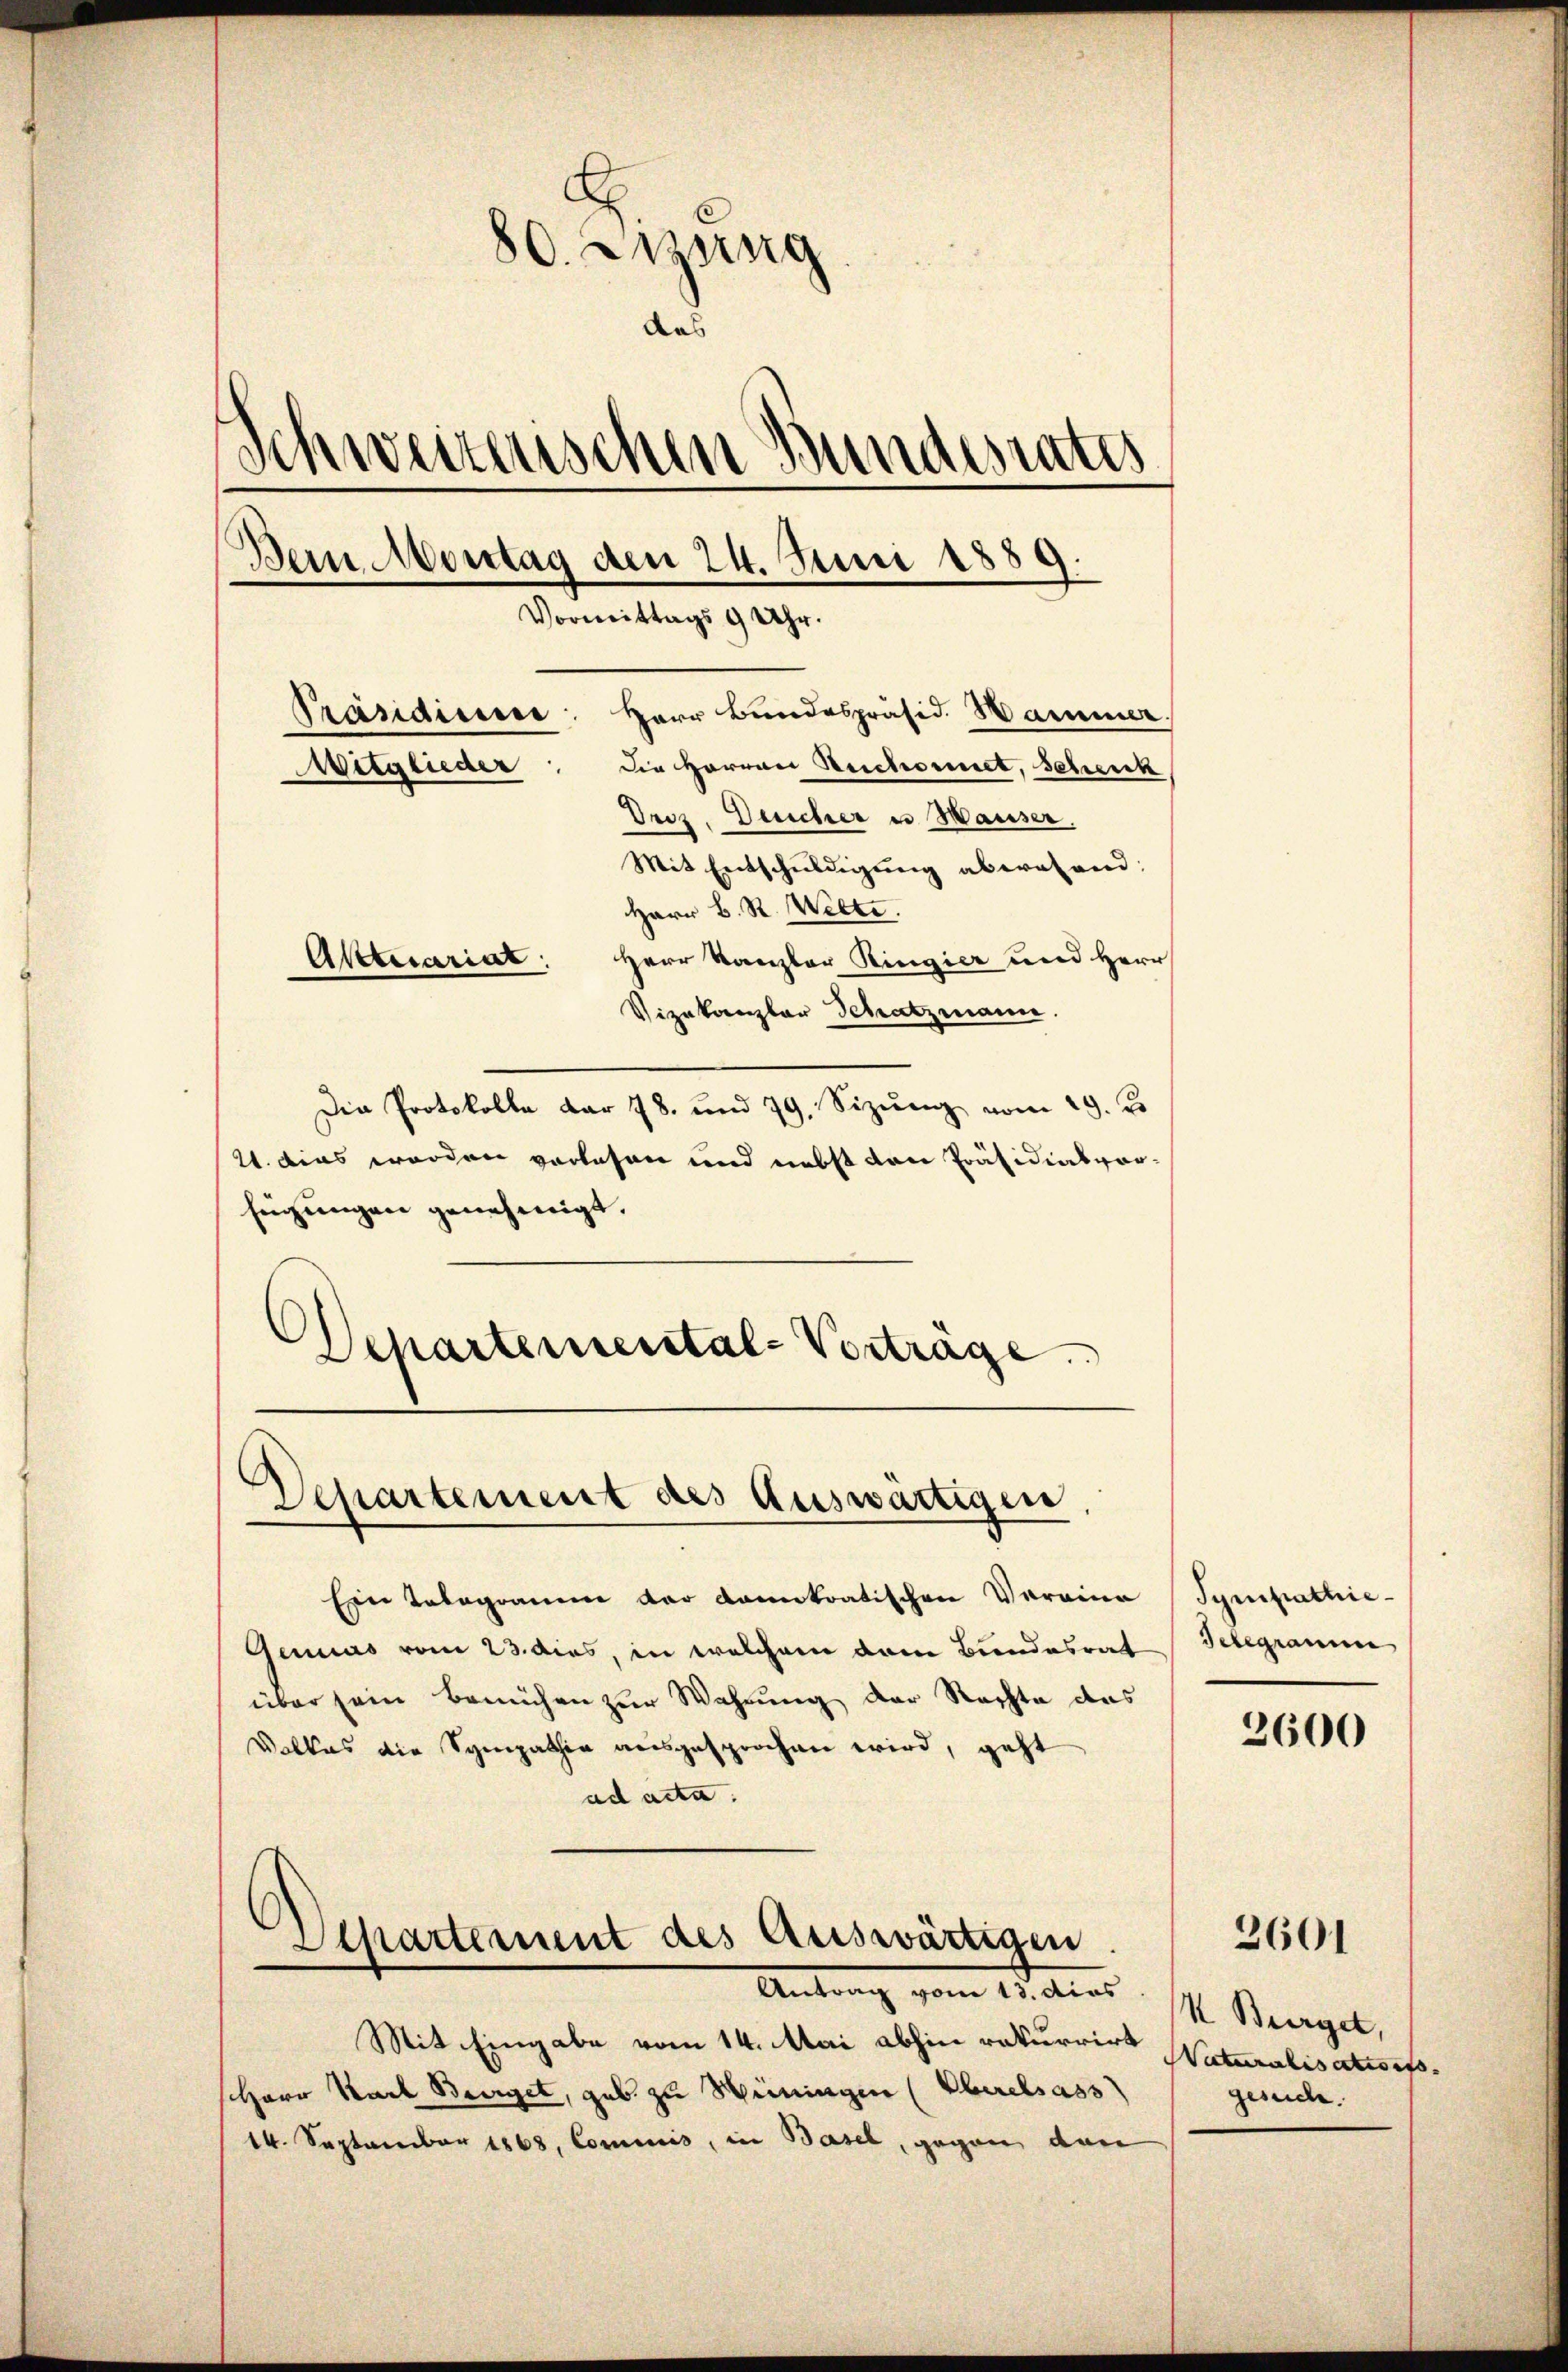
.
80. Mang
das
Schweizerischen Bundesrates
Dein Montag den 24. Juni 1889.
Vormittags 9 Uhr.
Präsidiesse: Herr Bundespräsid. Hammer.
Die Herren Reichnet, schenk
Witglieder
Drez. Deucher u Hauser.
Mit Entschŭldigŭng abwesend:

Herr B. R. Welti.
Herr Kanzler Ringier und Herr
Vizakanzlar Schatzmann.
Die Protokolle dar 78. und 79. Sizŭng vom 19. J
21. dies worden vorlesen und nebst von Präsidialvorfügungen genehmigt.
Departemental-Vorträge.

Aktuariat

Ein Telegramm der damitatischen Vereine
Genius vom 23. dies, in welchem dem Bundesrat
über sein Bemühen zur Wahrung der Rechte das
Volkes die Sympathia ausgesprochen wird, geht
ad acta.

Departement des Auswärtigen,

Separtement des Auswärtigen.

Antrag vom 15. dies
Mit Eingabe vom 14. Mai abhin rekurrirt
Herr Rache Berget, geb. zu Weiningen (Oberlass
14. September 1868, Commis, in Basel, gegen dan

Sympathie¬
Telegramm

2600

3601

K Burget,
Naturalisatisito.
gesuche.